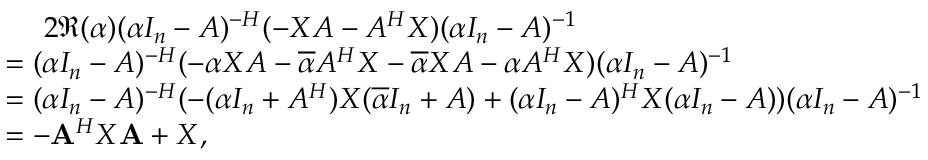
\begin{array} { r l } & { ~ ~ ~ ~ 2 \Re ( \alpha ) ( \alpha I _ { n } - A ) ^ { - H } ( - X A - A ^ { H } X ) ( \alpha I _ { n } - A ) ^ { - 1 } } \\ & { = ( \alpha I _ { n } - A ) ^ { - H } ( - \alpha X A - \overline { { \alpha } } A ^ { H } X - \overline { { \alpha } } X A - \alpha A ^ { H } X ) ( \alpha I _ { n } - A ) ^ { - 1 } } \\ & { = ( \alpha I _ { n } - A ) ^ { - H } ( - ( \alpha I _ { n } + A ^ { H } ) X ( \overline { { \alpha } } I _ { n } + A ) + ( \alpha I _ { n } - A ) ^ { H } X ( \alpha I _ { n } - A ) ) ( \alpha I _ { n } - A ) ^ { - 1 } } \\ & { = - \mathbf { A } ^ { H } X \mathbf { A } + X , } \end{array}